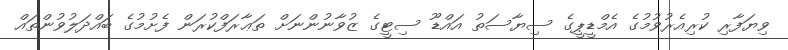
ވިޔަފާރި ކުރިއެރުވުމުގެ އެމްޑީޕީގެ ސިޔާސަތު އައްޑޫ ސިޓީގެ ޒުވާނުންނަށް ތަޢާރަފްކުރަން ފެށުމުގެ ބައްދަލުވުންތައް